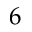
6